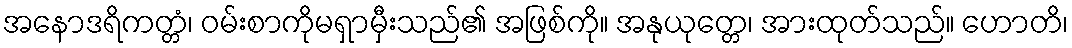
အနောဒရိကတ္တံ၊ ဝမ်းစာကိုမရှာမှီးသည်၏ အဖြစ်ကို။ အနုယုတ္တေ၊ အားထုတ်သည်။ ဟောတိ၊